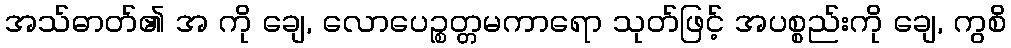
အသ်ဓာတ်၏ အ ကို ချေ, လောပေဉ္စတ္တမကာရော သုတ်ဖြင့် အပစ္စည်းကို ချေ, ကွစိ